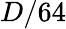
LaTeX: D/64